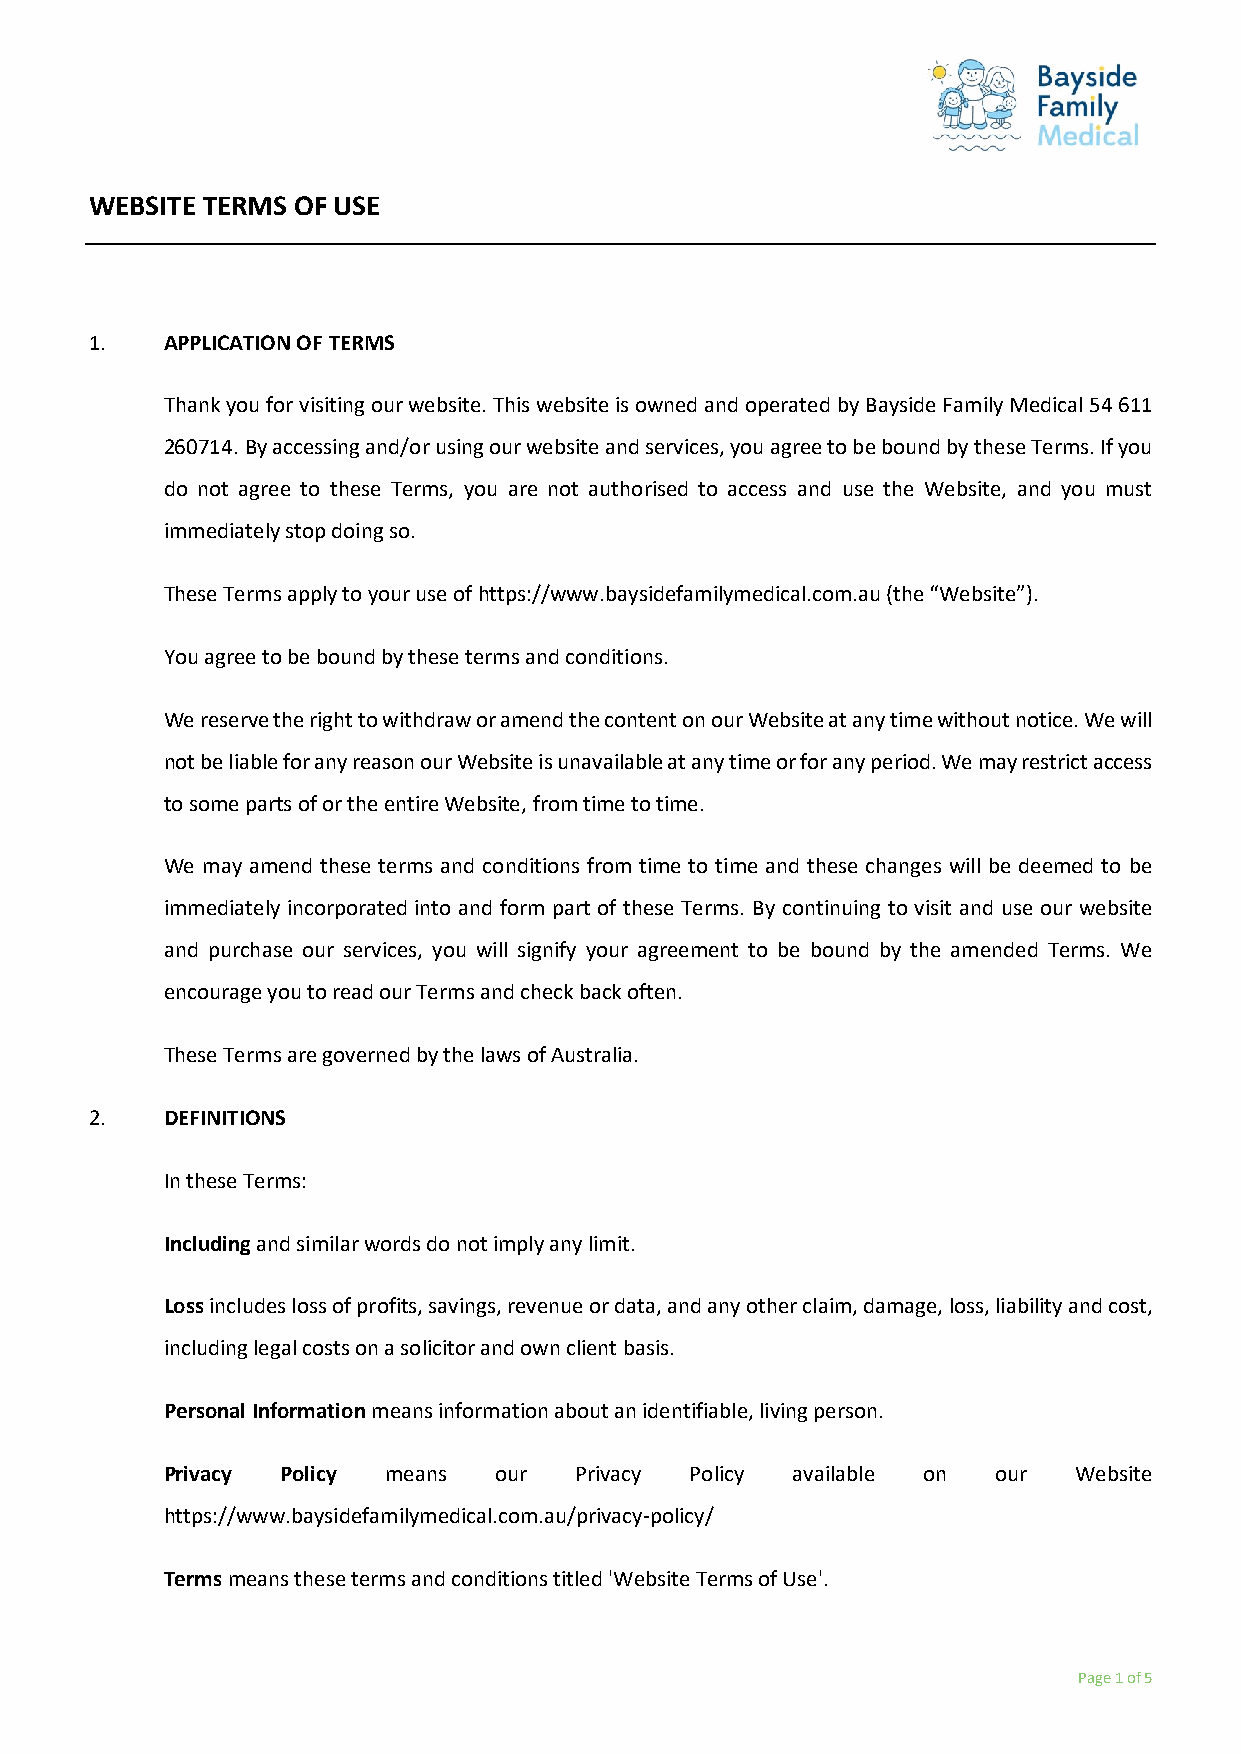
WEBSITE TERMS OF USE
 1.   APPLICATION OF TERMS
 Thank you for visiting our website. This website is owned and operated by Bayside Family Medical 54 611
 260714. By accessing and/or using our website and services, you agree to be bound by these Terms. If you
 do not agree to these Terms, you are not authorised to access and use the Website, and you must
 immediately stop doing so.
 These Terms apply to your use of https://www.baysidefamilymedical.com.au (the “Website”).
 You agree to be bound by these terms and conditions.
 We reserve the right to withdraw or amend the content on our Website at any time without notice. We will
 not be liable for any reason our Website is unavailable at any time or for any period. We may restrict access
 to some parts of or the entire Website, from time to time.
 We may amend these terms and conditions from time to time and these changes will be deemed to be
 immediately incorporated into and form part of these Terms. By continuing to visit and use our website
 and purchase our services, you will signify your agreement to be bound by the amended Terms. We
 encourage you to read our Terms and check back often.
 These Terms are governed by the laws of Australia.
 2.   DEFINITIONS
 In these Terms:
 Including and similar words do not imply any limit.
 Loss includes loss of profits, savings, revenue or data, and any other claim, damage, loss, liability and cost,
 including legal costs on a solicitor and own client basis.
 Personal Information means information about an identifiable, living person.
 Privacy Policy means  our  Privacy Policy available on our  Website
 https://www.baysidefamilymedical.com.au/privacy-policy/
 Terms means these terms and conditions titled 'Website Terms of Use'.
 Page 1 of 5